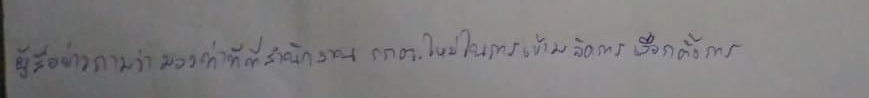
ผู้สื่อข่าวถามว่ามองท่าทีที่สำนักงาน กกต.ใหม่ในการเข้ามาจัดการเลือกตั้งการ